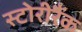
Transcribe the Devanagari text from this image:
स्टोरीरैंक